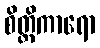
စိတ္တိကာရော